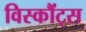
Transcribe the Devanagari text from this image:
विस्कौंट्स